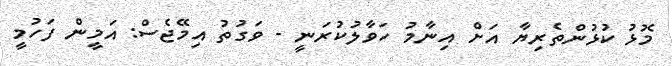
މޮޅު ކުޅުންތެރިޔާ އަށް އިނާމު ހަވާލުކުރަނީ - ވަގުތު އިމޭޖެސް: އަމީން ފަހުމީ